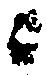
ニ